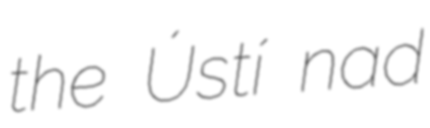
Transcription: the Ústí nad